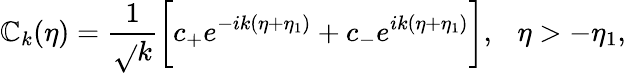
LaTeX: {\cal\mathbb{C}}_{k}(\eta)=\frac{{1}}{{\sqrt{}{{k}}}}\biggl[c_{+}e^{-ik(\eta+\eta_{1})}+c_{-}e^{ik(\eta+\eta_{1})}\biggr],~~~\eta>-\eta_{1},